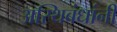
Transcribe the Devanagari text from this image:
अस्थिबंधांनी